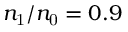
n _ { \mathrm { 1 } } / n _ { \mathrm { 0 } } = 0 . 9